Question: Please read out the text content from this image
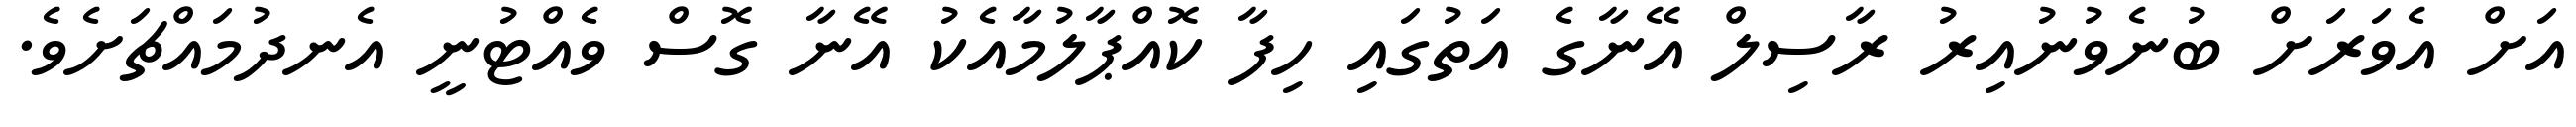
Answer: އަށް އެވަރަށް ބުނެވުނުއިރު ރާސިލް އޭނާގެ އަތުގައި ހިފާ ކޮއްޕާލުމާއެކު އޭނާ ގޮސް ވެއްޓުނީ އެނދުމައްޗަށެވެ.